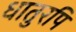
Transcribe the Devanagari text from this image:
धातुरपि